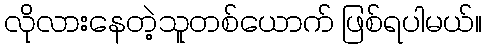
လိုလားနေတဲ့သူတစ်ယောက် ဖြစ်ရပါမယ်။